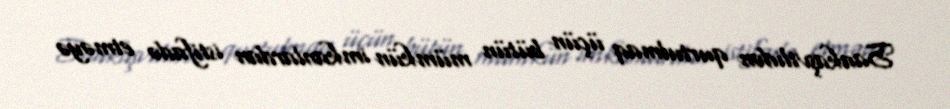
Saakaşvilidən qurtulmaq üçün bütün mümkün imkanlardan istifadə etməyə